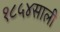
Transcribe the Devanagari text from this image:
१८५४साली